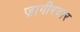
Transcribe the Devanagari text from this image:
ज़ागीरदार